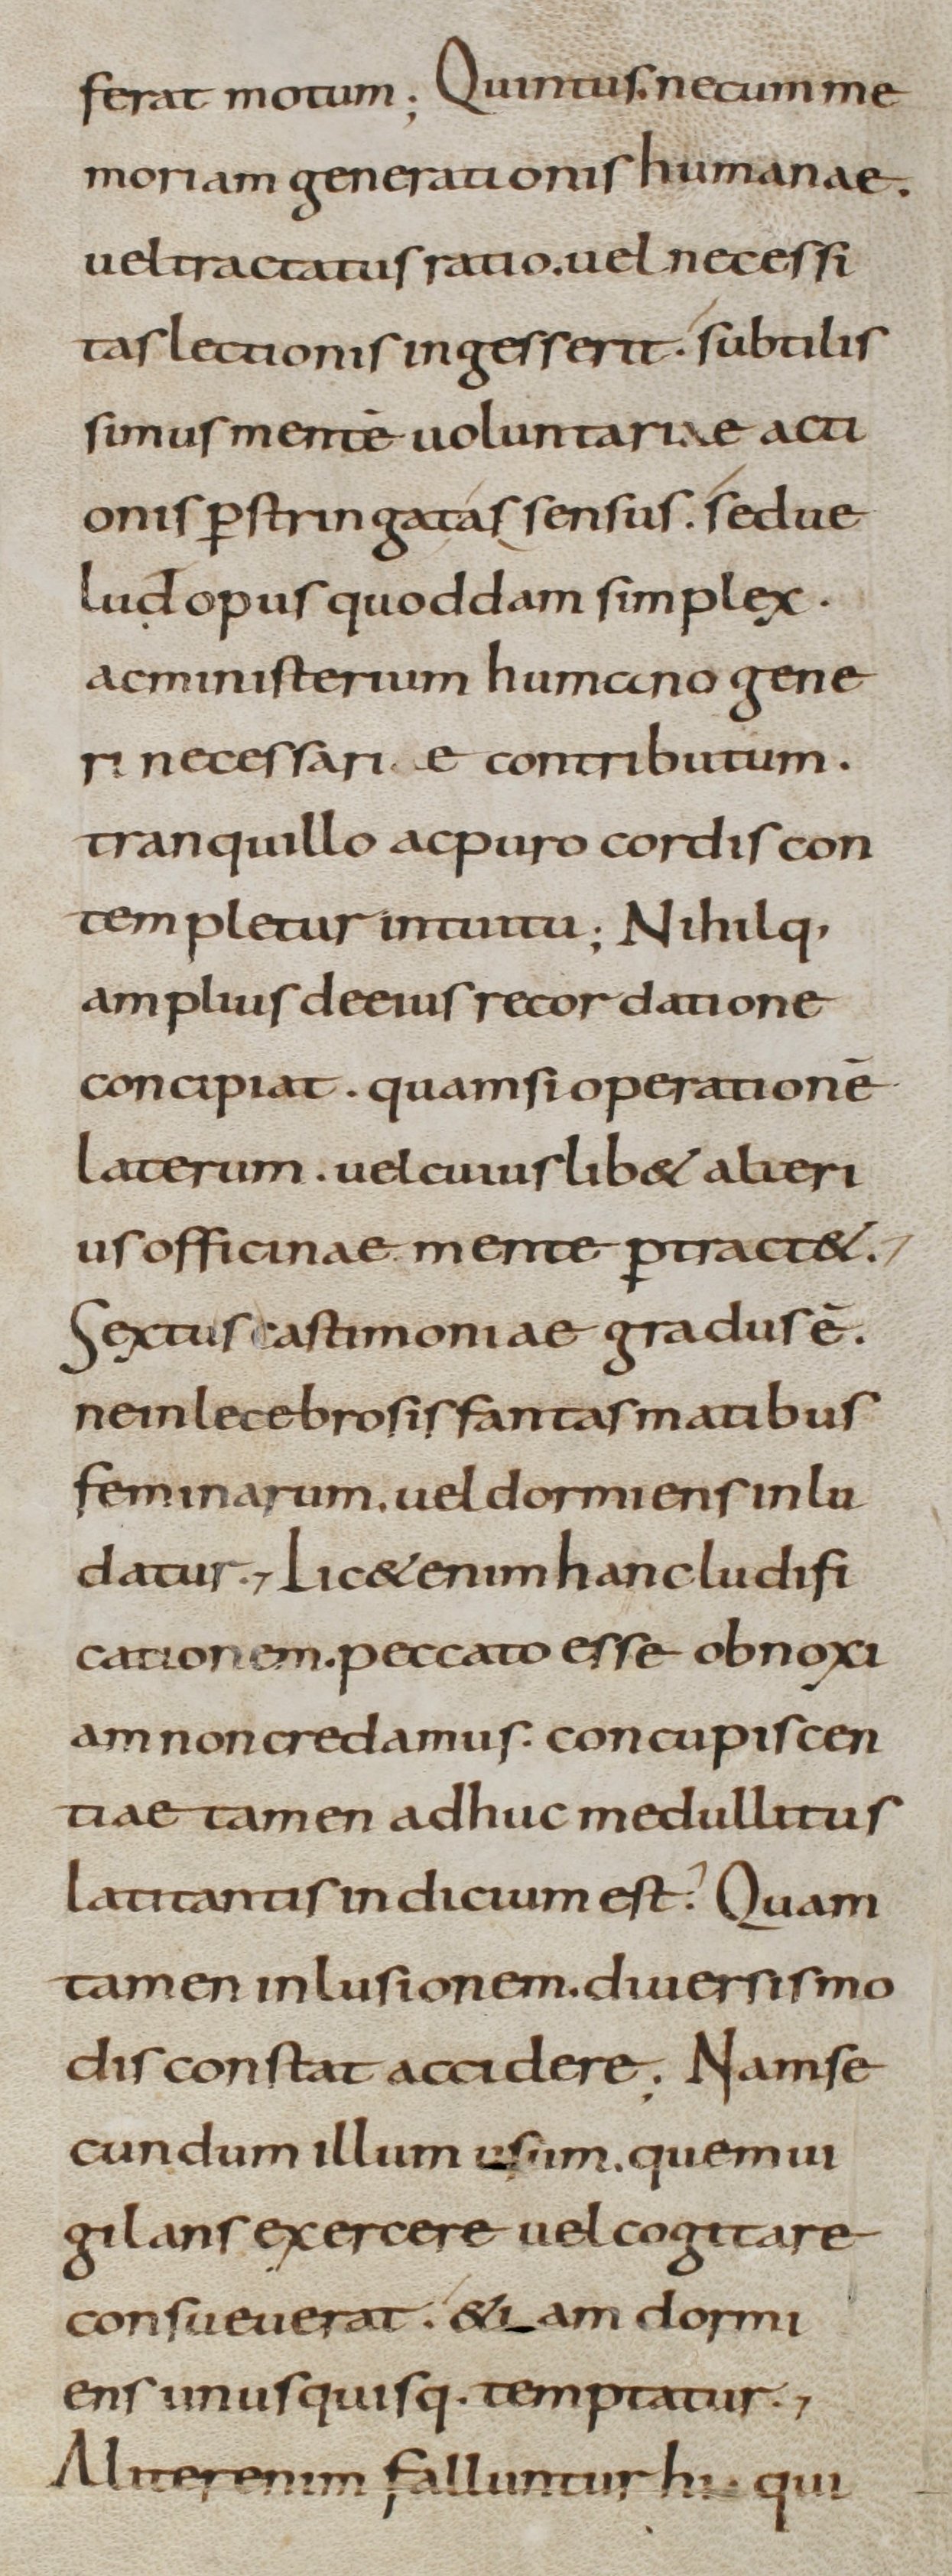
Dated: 800–899